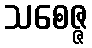
သစေဇ္ဇ